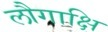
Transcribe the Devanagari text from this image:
लौगाक्षि